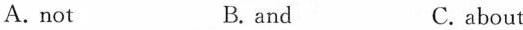
A.not B. and C. about